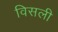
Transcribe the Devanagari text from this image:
विसली